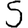
Digit: 5